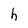
Character: h